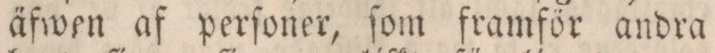
äfwen af perſoner, ſom framför andra